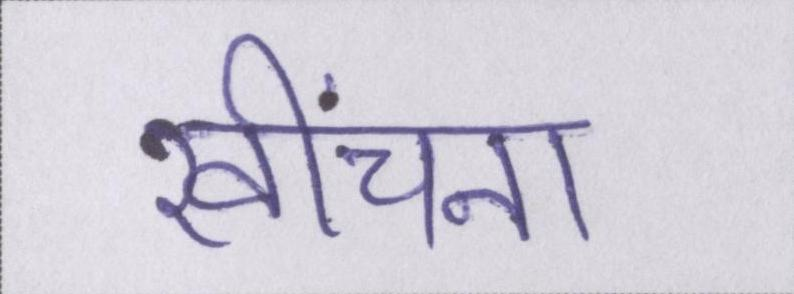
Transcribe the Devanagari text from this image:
खींचना